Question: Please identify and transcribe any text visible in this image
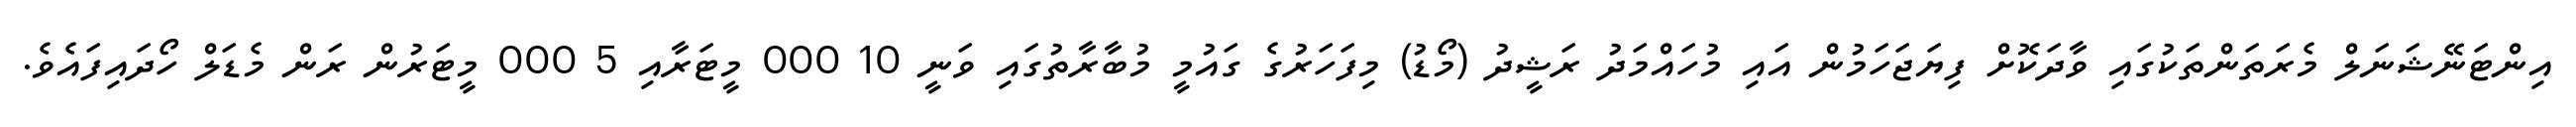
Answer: އިންޓަނޭޝަނަލް މެރަތަންތަކުގައި ވާދަކޮށް ފިޔަޖަހަމުން އައި މުހައްމަދު ރަޝީދު (މޯޑު) މިފަހަރުގެ ގައުމީ މުބާރާތުގައި ވަނީ 10 000 މީޓަރާއި 5 000 މީޓަރުން ރަން މެޑަލް ހޯދައިފައެވެ.